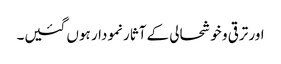
اور ترقی و خوشحالی کے آثار نمودار ہوں گئیں۔